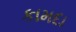
કામદા